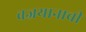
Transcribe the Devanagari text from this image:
वज्रयानाची